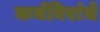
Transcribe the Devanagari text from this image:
कर्मविरांचे